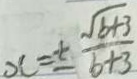
x = \pm \frac { \sqrt { b + 3 } } { b + 3 }